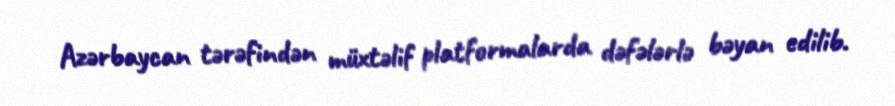
Azərbaycan tərəfindən müxtəlif platformalarda dəfələrlə bəyan edilib.